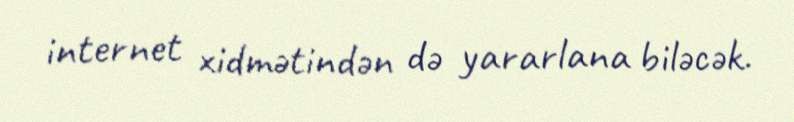
internet xidmətindən də yararlana biləcək.